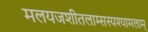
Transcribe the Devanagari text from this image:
मलयजशीतलाम्सस्यश्यामलाम्